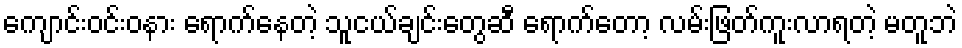
ကျောင်းဝင်းဝနား ရောက်နေတဲ့ သူငယ်ချင်းတွေဆီ ရောက်တော့ လမ်းဖြတ်ကူးလာရတဲ့ မတူဘဲ